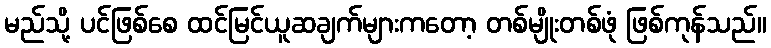
မည်သို့ ပင်ဖြစ်စေ ထင်မြင်ယူဆချက်များကတော့ တစ်မျိုးတစ်ဖုံ ဖြစ်ကုန်သည်။